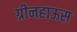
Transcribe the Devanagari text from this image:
ग्रीनहाऊस